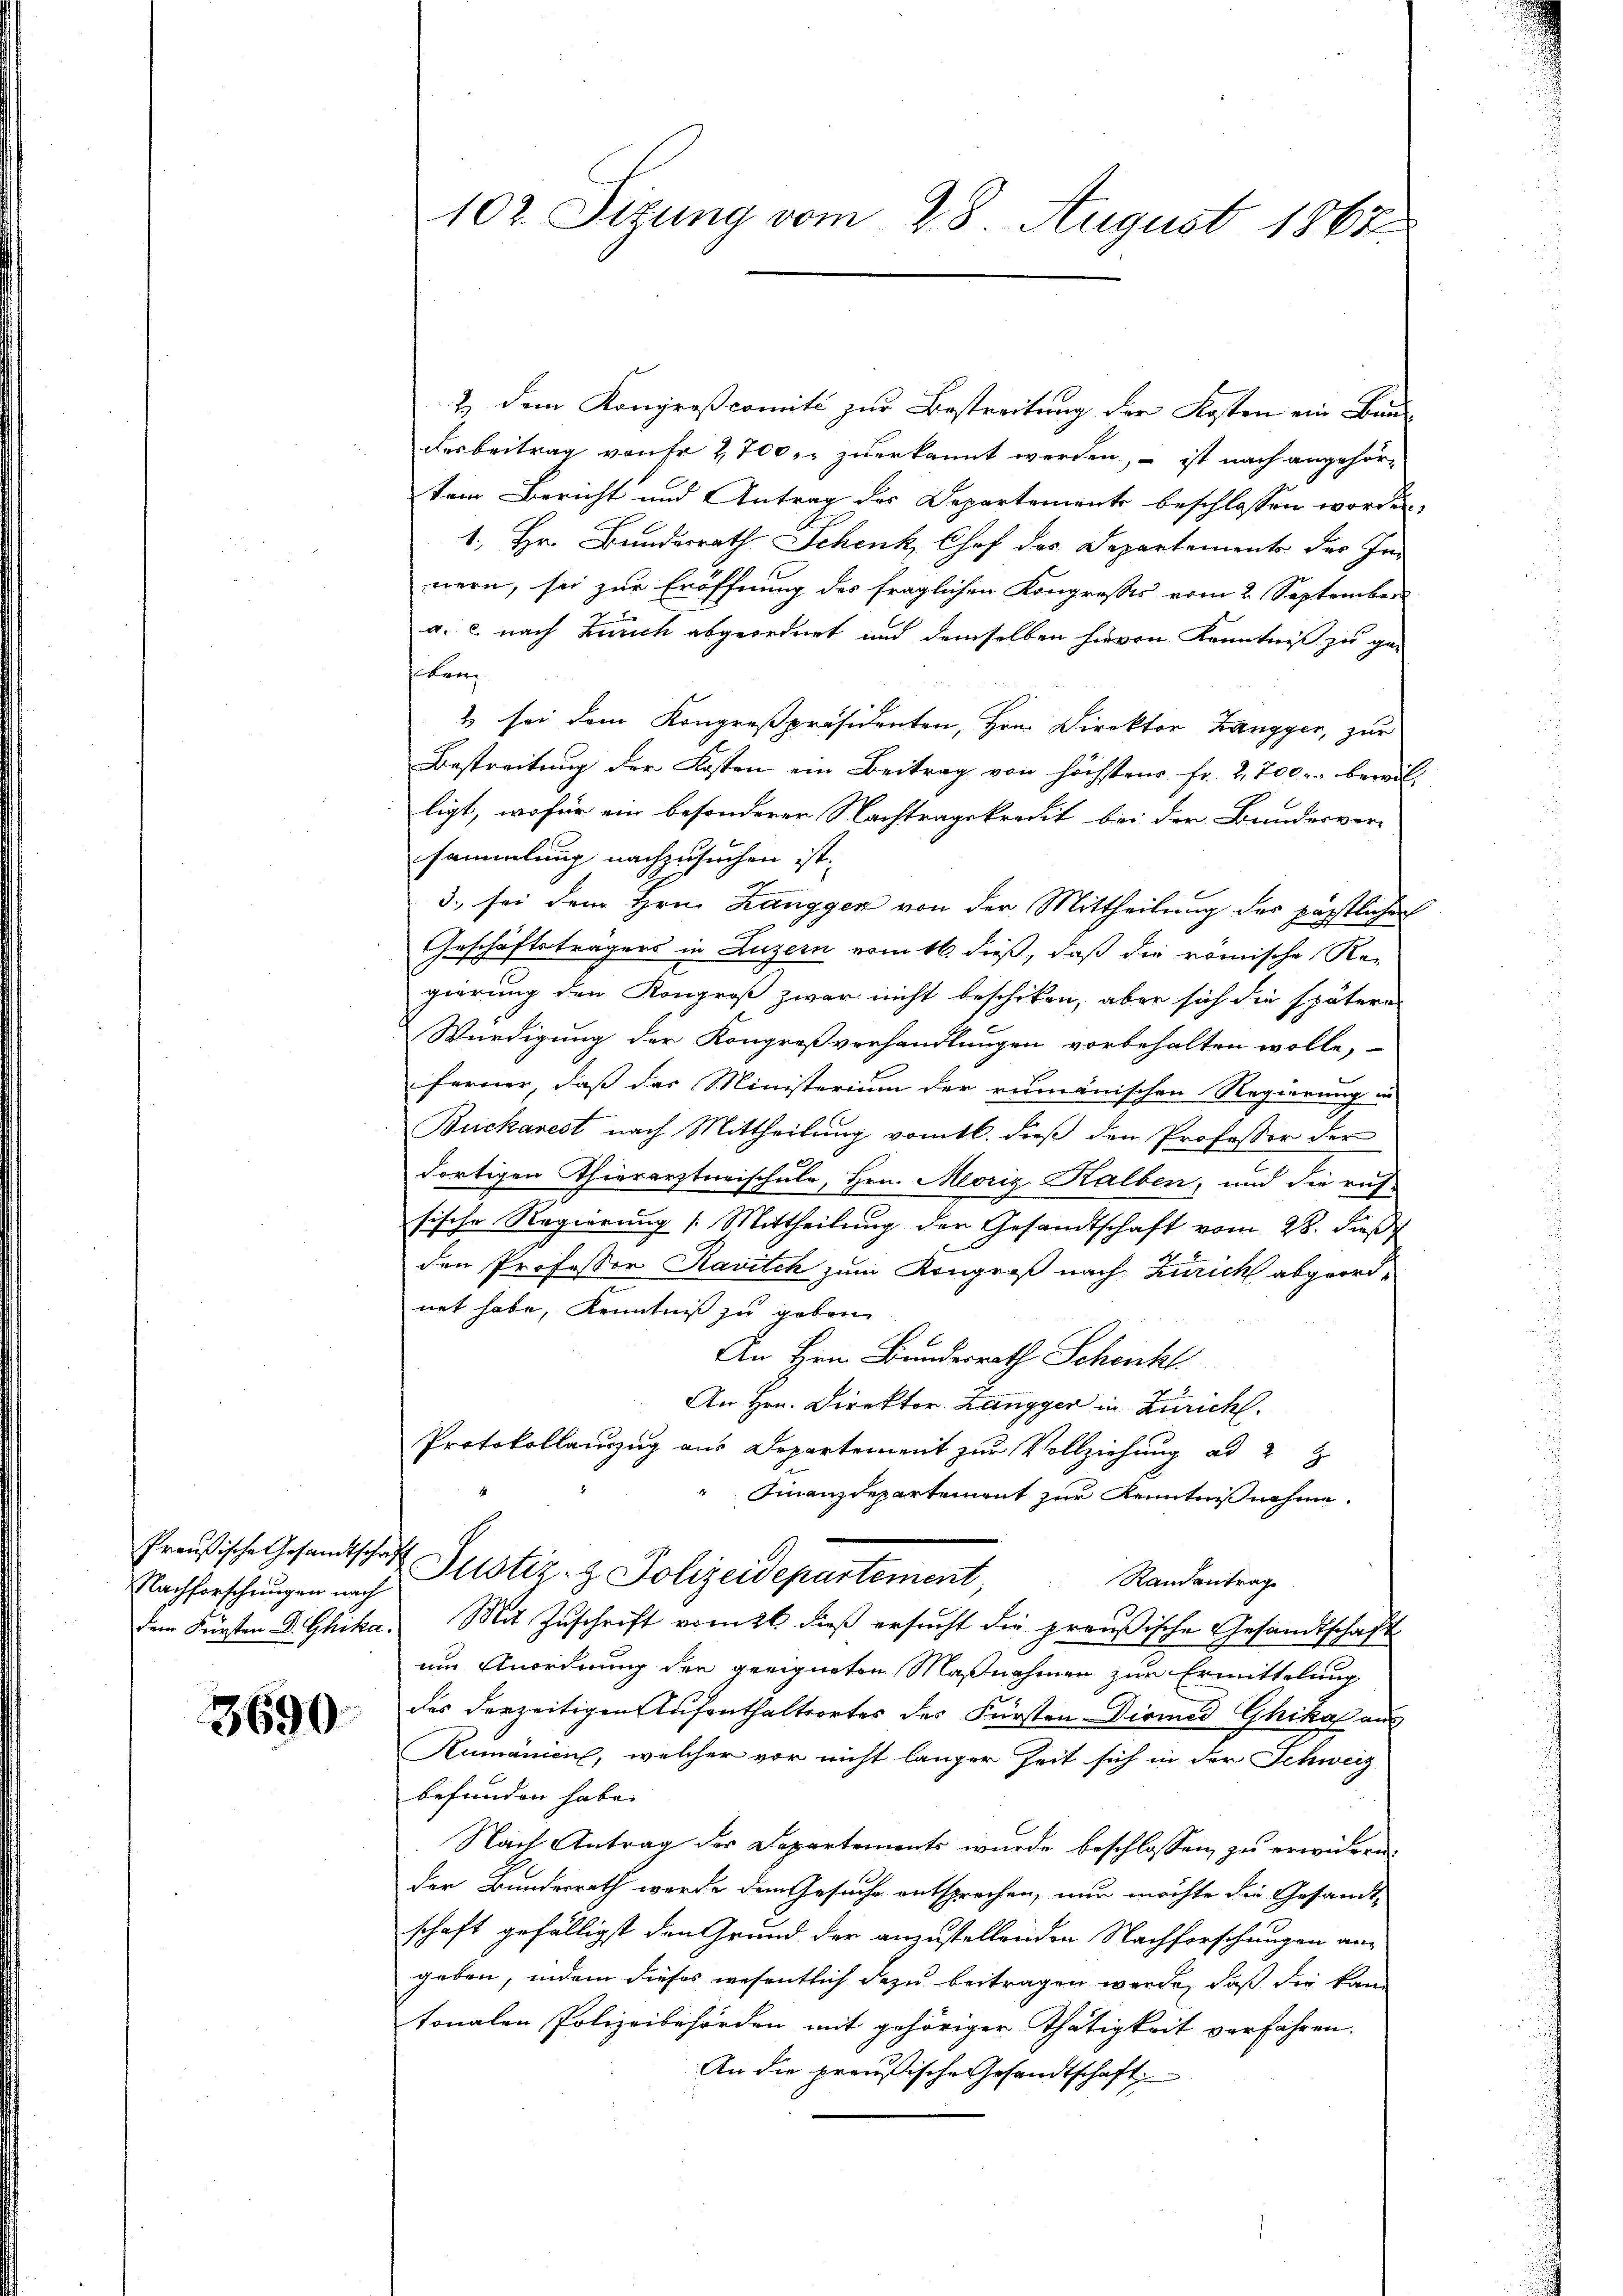
Preußische Gesandtschaft
Nachforschungen nach

3690.

2.) Dem Kongroßcomité zur Bestreitung der Kosten ein Bau-
desbeitrag von fr 2,700 zuerkannt werden, – ist nach angehörtem Bericht und Antrag des Departements beschlossen worden.
1. Hr. Bundesrath Schenk, Chof des Departemente der Innern, sei zur Eröffnung des fraglichen Kongrosses vom 2. September
a. c. nach Zürich abgeordnet und demselben hievon Kenntniß zu ge-
holen.
2 sei dem Kongreßpräsidenten, Hrn. Direktor Zangger, zur
Bestreitung der Kosten ein Beitrag von höchstens fr. 2700. bereit
ligt, wofür ein besonderer Nachtragskredit bei der Bundesver-
sammlung nachzusuchen ist.
3., sei dem Hrn. Zangger von der Mittheilung des päpstlicher
Geschäftsträgers in Luzern vom 16. dieß, daß die römische Re-
gierung den Kongroß zwar nicht beschiken, aber sich die spätere
Würdigung der Kongreßverhandlungen vorbehalten wolle,
ferner, daß das Ministerium der rumänischen Regierung un
Buckarest nach Mittheilung vom 16. dieß den Professor der
dortigen Thierarztneischule, Hrn. Moriz Kalben, und die rich
sische Regierung (Mittheilung der Gesandtschaft vom 28. Fuß
den Professor Ravitch zum Kongroß nach Zürich abgeordnet habe, Kenntniß zu geben
An Hrn. Bundesrath Schenkt.
An Hrn. Direktor Zangger in Zürich.
Protokollauszug aus Departement zur Vollziehung ad 2
 Finanzdepartement zur Kenntnißnahme.
Justiz- & Polizeidepartement,
Randantrag
im Fürsten D. Ghika. Mit Zŭschrift vom 26 dieβ ersucht die preußische Gesandtschaft
um Anordnung der geeigneten Maßnahmen zur Ermittelung
des derzeitigen Aufenthaltsortes des Fürsten Diomed Ghika aus
Rumänien, welcher vor nicht langer Zeit sich in der Schweiz
befunden habe. |
Nach Antrag der Departements wurde beschlossen zu erwidern.
der Bundesrath werde dem Gesuche entsprechen, nur möchte die Gesandt-
schaft gefälligst den Grund der anzustellenden Nachforschungen angeben, indem dieses wesentlich dazu beitragen werde, daß die kan
tonalen Polizeibehörden mit gehöriger Thätigkeit verfahren.
An die preußische Gesandtschaft

102. Sizung vom 28. August 1868.